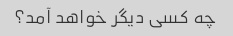
چه کسی دیگر خواهد آمد؟